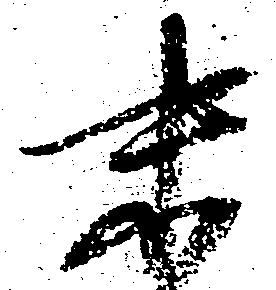
末